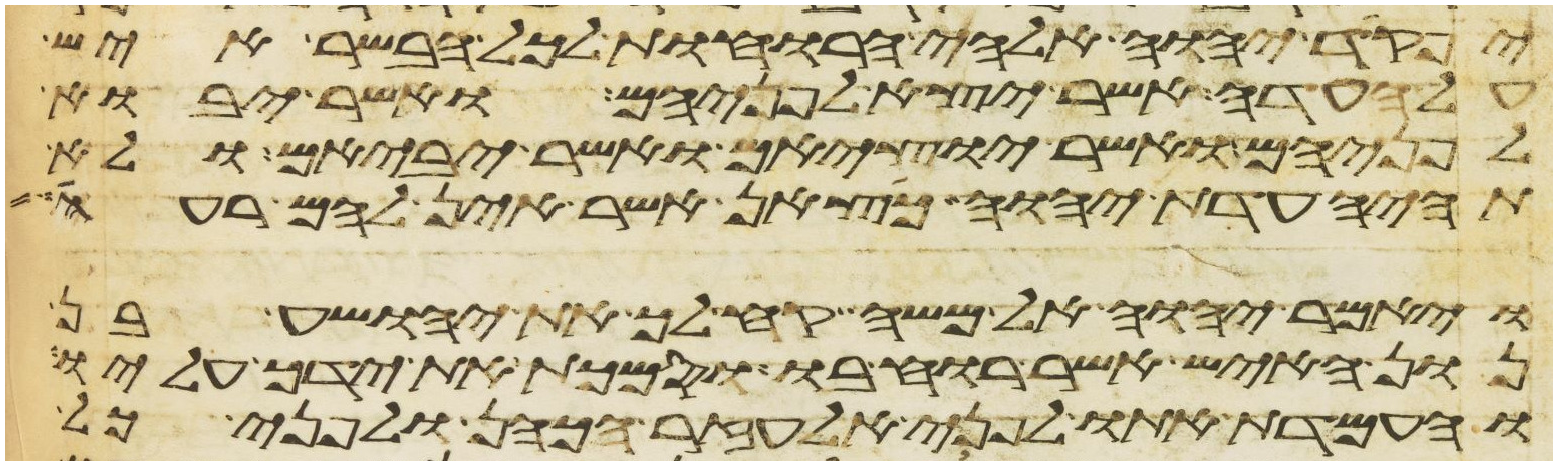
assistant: יפקד יהוה אלהי הרוחות לכל הבשר איש
על העדה אשר יצא לפניהם ואשר יבוא
לפניהם ואשר יוציאם ואשר יביאם ולא
תהיה עדת יהוה כצאן אשר אין להם רעה
ויאמר יהוה אל משה קח לך את יהושע בן
נון האיש אשר רוחו בו וסמכת את ידך עליו
והעמדת אתו לפני אלעזר הכהן ולפני כל